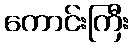
ကောင်းကြီး